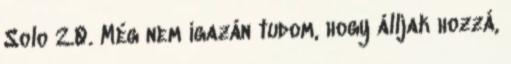
Solo 2.0. Még nem igazán tudom, hogy álljak hozzá,